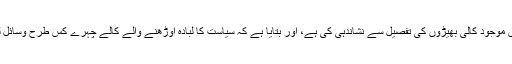
کراچی میں رینجرز کے ایک ترجمان نے ہماری صفوں میں موجود کالی بھیڑوں کی تفصیل سے نشاندہی کی ہے، اور بتایا ہے کہ سیاست کا لبادہ اوڑھنے والے کالے چہرے کس طرح وسائل لوٹ کر دہشت گردی اور لاقانونیت کو فروغ دے رہے ہیں۔